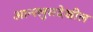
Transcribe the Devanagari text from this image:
आन्श्लुसदेखील